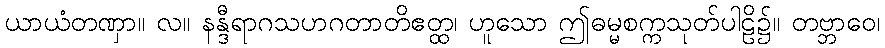
ယာယံတဏှာ။ လ။ နန္ဒီရာဂသဟဂတာတိဧတ္ထ၊ ဟူသော ဤဓမ္မစက္ကသုတ်ပါဠိ၌။ တဗ္ဘာဝေ၊